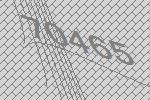
70465